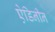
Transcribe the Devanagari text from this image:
ऐडिनीन